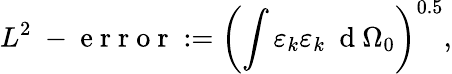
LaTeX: L^{2}\mathrm{~-~e~r~r~o~r~}:=\left(\int\varepsilon_{k}\varepsilon_{k}\ \mathrm{~d~}\Omega_{0}\right)^{0.5},